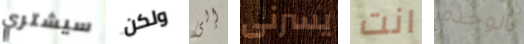
سيشتري ولكن إلى يسرنى انت بالوحده